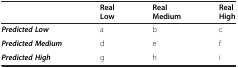
<table><thead><tr><td>[EMPTY_CELL]</td><td><b>Real Low</b></td><td><b>Real Medium</b></td><td><b>Real High</b></td></tr></thead><tbody><tr><td><b><i>Predicted Low</i></b></td><td>a</td><td>b</td><td>c</td></tr><tr><td><b><i>Predicted Medium</i></b></td><td>d</td><td>e</td><td>f</td></tr><tr><td><b><i>Predicted High</i></b></td><td>g</td><td>h</td><td>i</td></tr></tbody></table>